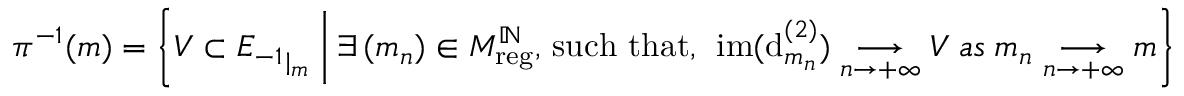
\pi ^ { - 1 } ( m ) = \left\{ V \subset { E _ { - 1 } } _ { | _ { m } } \; \middle | \; \exists \, ( m _ { n } ) \in M _ { \mathrm { r e g } } ^ { \mathbb { N } } , \, \mathrm { s u c h ~ t h a t } , \, \; \mathrm { i m } ( \mathrm { d } _ { m _ { n } } ^ { ( 2 ) } ) \underset { n \to + \infty } { \longrightarrow } V \; a s \; m _ { n } \underset { n \to + \infty } { \longrightarrow } m \right\}